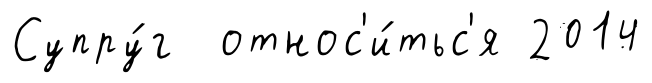
Супру́г относ'и́тьс'я 2014